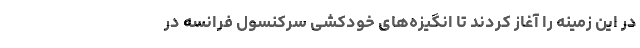
در این زمینه را آغاز کردند تا انگیزه‌های خودکشی سرکنسول فرانسه در